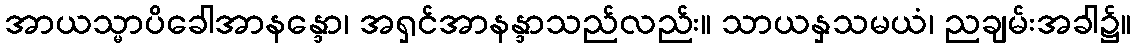
အာယသ္မာပိခေါအာနန္ဒော၊ အရှင်အာနန္ဒာသည်လည်း။ သာယနှသမယံ၊ ညချမ်းအခါ၌။